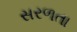
સરળતા